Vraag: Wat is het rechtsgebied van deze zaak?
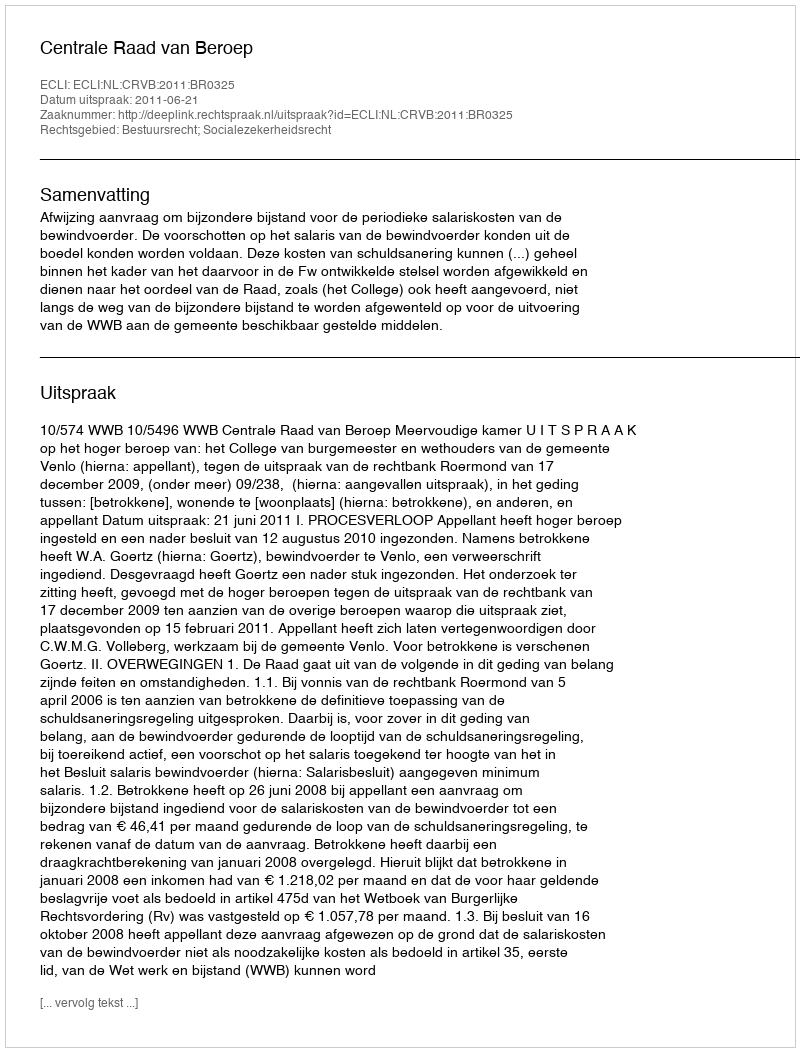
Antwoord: Bestuursrecht; Socialezekerheidsrecht